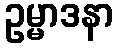
ဥမ္မာဒနာ